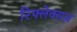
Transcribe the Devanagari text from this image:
रिफ्लेक्सज़